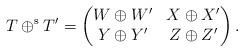
LaTeX: \begin{align*} T \oplus^{\operatorname{s}} T' &= \begin{pmatrix} W \oplus W' & X \oplus X' \\ Y \oplus Y' & Z \oplus Z' \end{pmatrix}.\end{align*}